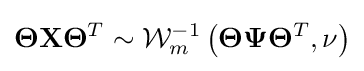
\mathbf {\Theta } \mathbf {X} {\mathbf {\Theta } }^{T}\sim {\mathcal {W}}_{m}^{-1}\left({\mathbf {\Theta } }{\mathbf {\Psi } }{\mathbf {\Theta } }^{T},\nu \right)